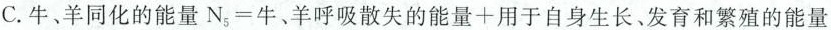
C. $$牛 、 羊 同 化 的 能 量 N _ { 5 } = 牛 、 羊 呼 吸 散 失 的 能 量 + 用 于 自 身 生 长 、 发 育 和 繁 殖 的 能 量$$